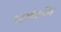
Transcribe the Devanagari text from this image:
महादेवसिंह